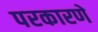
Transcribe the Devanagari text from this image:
परकारणे